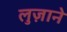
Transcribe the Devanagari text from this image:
लुज़ाने